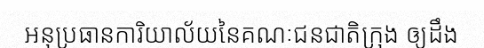
អនុប្រធានការិយាល័យនៃគណៈជនជាតិក្រុង ឲ្យដឹង